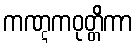
ကဏ္ဋကဝုတ္တိကာ